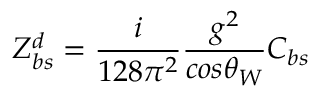
Z _ { b s } ^ { d } = \frac { i } { 1 2 8 \pi ^ { 2 } } \frac { g ^ { 2 } } { c o s \theta _ { W } } C _ { b s }